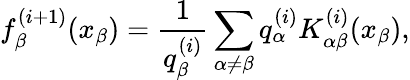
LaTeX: f_{\beta}^{(i+1)}(x_{\beta})=\frac{1}{q_{\beta}^{(i)}}\sum_{\alpha\neq\beta}q_{\alpha}^{(i)}K_{\alpha\beta}^{(i)}(x_{\beta}),